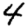
Digit: 4